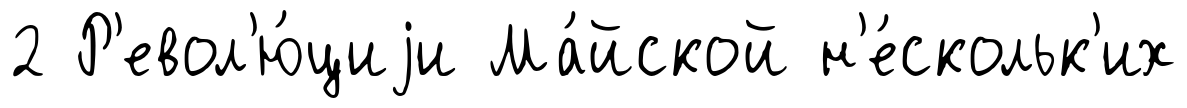
2 Р'евол'ю́циjи Ма́йской н'е́скольк'их